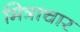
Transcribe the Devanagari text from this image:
मित्राचार